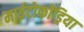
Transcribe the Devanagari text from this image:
माईटोकोंड्रिया